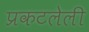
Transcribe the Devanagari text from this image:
प्रकटलेली